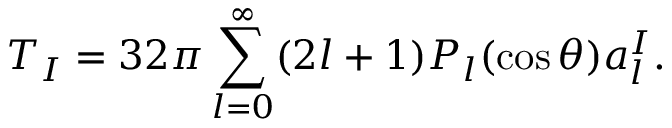
T _ { I } = 3 2 \pi \sum _ { l = 0 } ^ { \infty } ( 2 l + 1 ) P _ { l } ( \cos \theta ) a _ { l } ^ { I } .